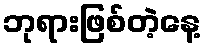
ဘုရားဖြစ်တဲ့နေ့